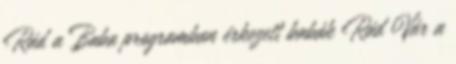
Rád a Baba programban érkezett babák Rád Vár a